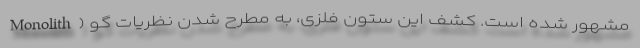
Monolith) مشهور شده است. کشف این ستون فلزی، به مطرح شدن نظریات گو